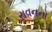
રાવનનો